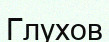
Глухов